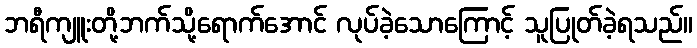
ဘရီကျူးတို့ဘက်သို့ရောက်အောင် လုပ်ခဲ့သောကြောင့် သူပြုတ်ခဲ့ရသည်။